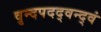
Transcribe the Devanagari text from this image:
वृन्दपदद्वन्द्वं